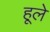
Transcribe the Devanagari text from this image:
हूले